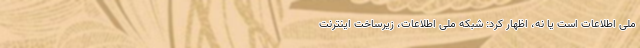
ملی اطلاعات است یا نه، اظهار کرد: شبکه ملی اطلاعات، زیرساخت اینترنت